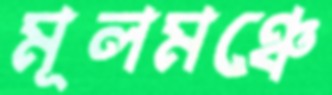
মূলমঞ্চে